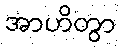
အာဟိတွာ